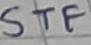
Text: STF